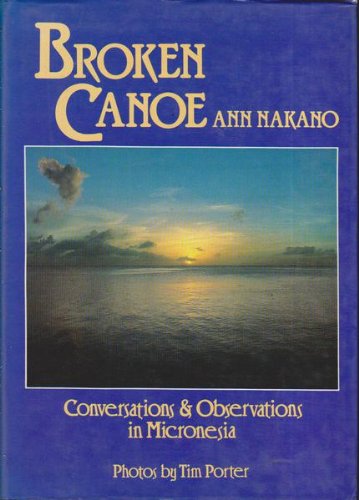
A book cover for Broken Canoe: Conversations and Observations in Micronesia; Ann Jackson-Nakano; Travel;